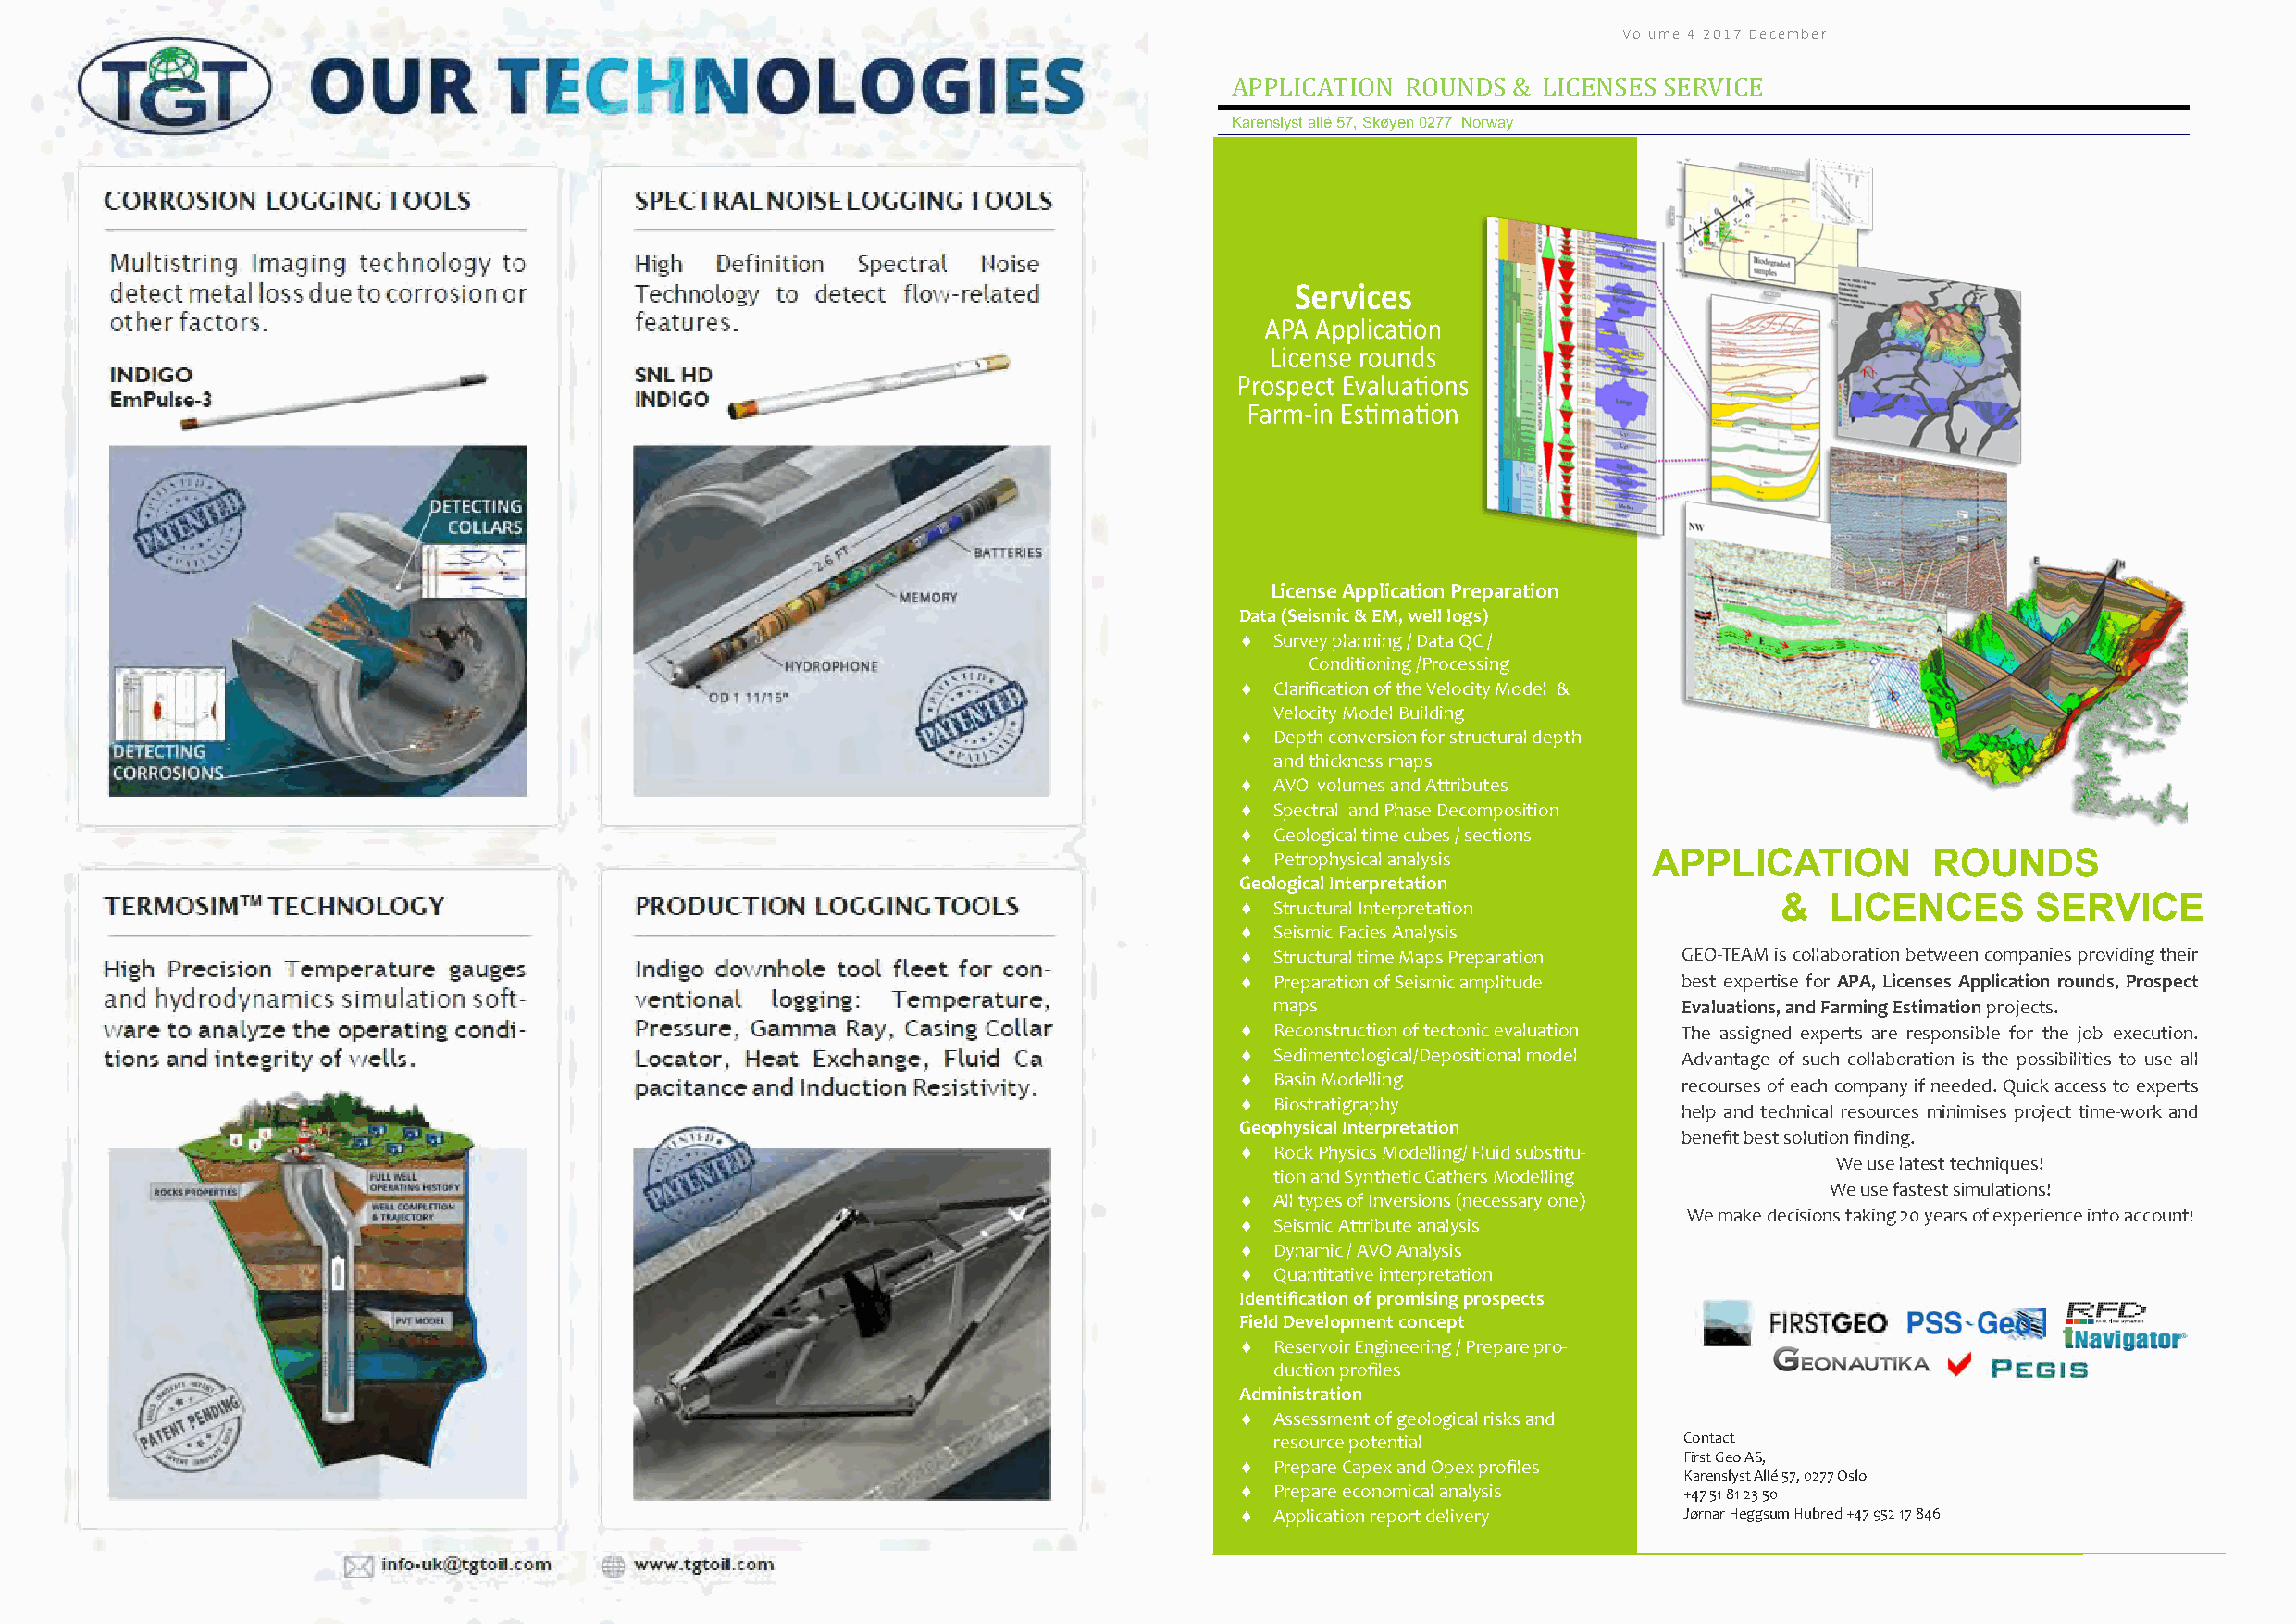
Volume 4 2017 December                                                            Volume 4 2017 December
 APPLICATION  ROUNDS & LICENSES SERVICE
 Karenslyst allé 57, Skøyen 0277 Norway
 License Application Preparation
 Data (Seismic & EM, well logs)
  Survey planning / Data QC /
 Conditioning /Processing
  Clarification of the Velocity Model &
 Velocity Model Building
  Depth conversion for structural depth
 and thickness maps
  AVO volumes and Attributes
  Spectral and Phase Decomposition
  Geological time cubes / sections
  Petrophysical analysis     APPLICATION         ROUNDS
 Geological Interpretation
  Structural Interpretation           &   LICENCES       SERVICE
  Seismic Facies Analysis
  Structural time Maps Preparation GEO-TEAM is collaboration between companies providing their
  Preparation of Seismic amplitude best expertise for APA, Licenses Application rounds, Prospect
 maps                         Evaluations, and Farming Estimation projects.
  Reconstruction of tectonic evaluation The assigned experts are responsible for the job execution.
  Sedimentological/Depositional model Advantage of such collaboration is the possibilities to use all
  Basin Modelling              recourses of each company if needed. Quick access to experts
  Biostratigraphy
 help and technical resources minimises project time-work and
 Geophysical Interpretation
 benefit best solution finding.
  Rock Physics Modelling/ Fluid substitu-
 We use latest techniques!
 tion and Synthetic Gathers Modelling
 We use fastest simulations!
  All types of Inversions (necessary one)
 We make decisions taking 20 years of experience into account!
  Seismic Attribute analysis
  Dynamic / AVO Analysis
  Quantitative interpretation
 Identification of promising prospects
 Field Development concept
  Reservoir Engineering / Prepare pro-
 duction profiles
 Administration
  Assessment of geological risks and
 resource potential           Contact
 First Geo AS,
  Prepare Capex and Opex profiles
 Karenslyst Allé 57, 0277 Oslo
  Prepare economical analysis  +47 51 81 23 50
  Application report delivery  Jørnar Heggsum Hubred +47 952 17 846